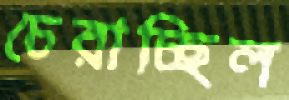
চেরাচ্ছিল